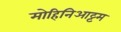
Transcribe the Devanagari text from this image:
मोहिनिआट्टम